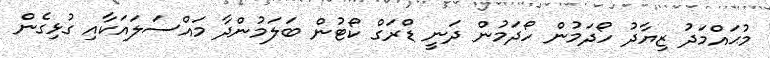
މުޙައްމަދު ޒިޔާދު ހޯދަމުން ހޯދަމުން ދަނީ ޑްރަގް ކޯޓުން ބަލަމުންދާ މައްސަލައަކާއި ގުޅިގެން